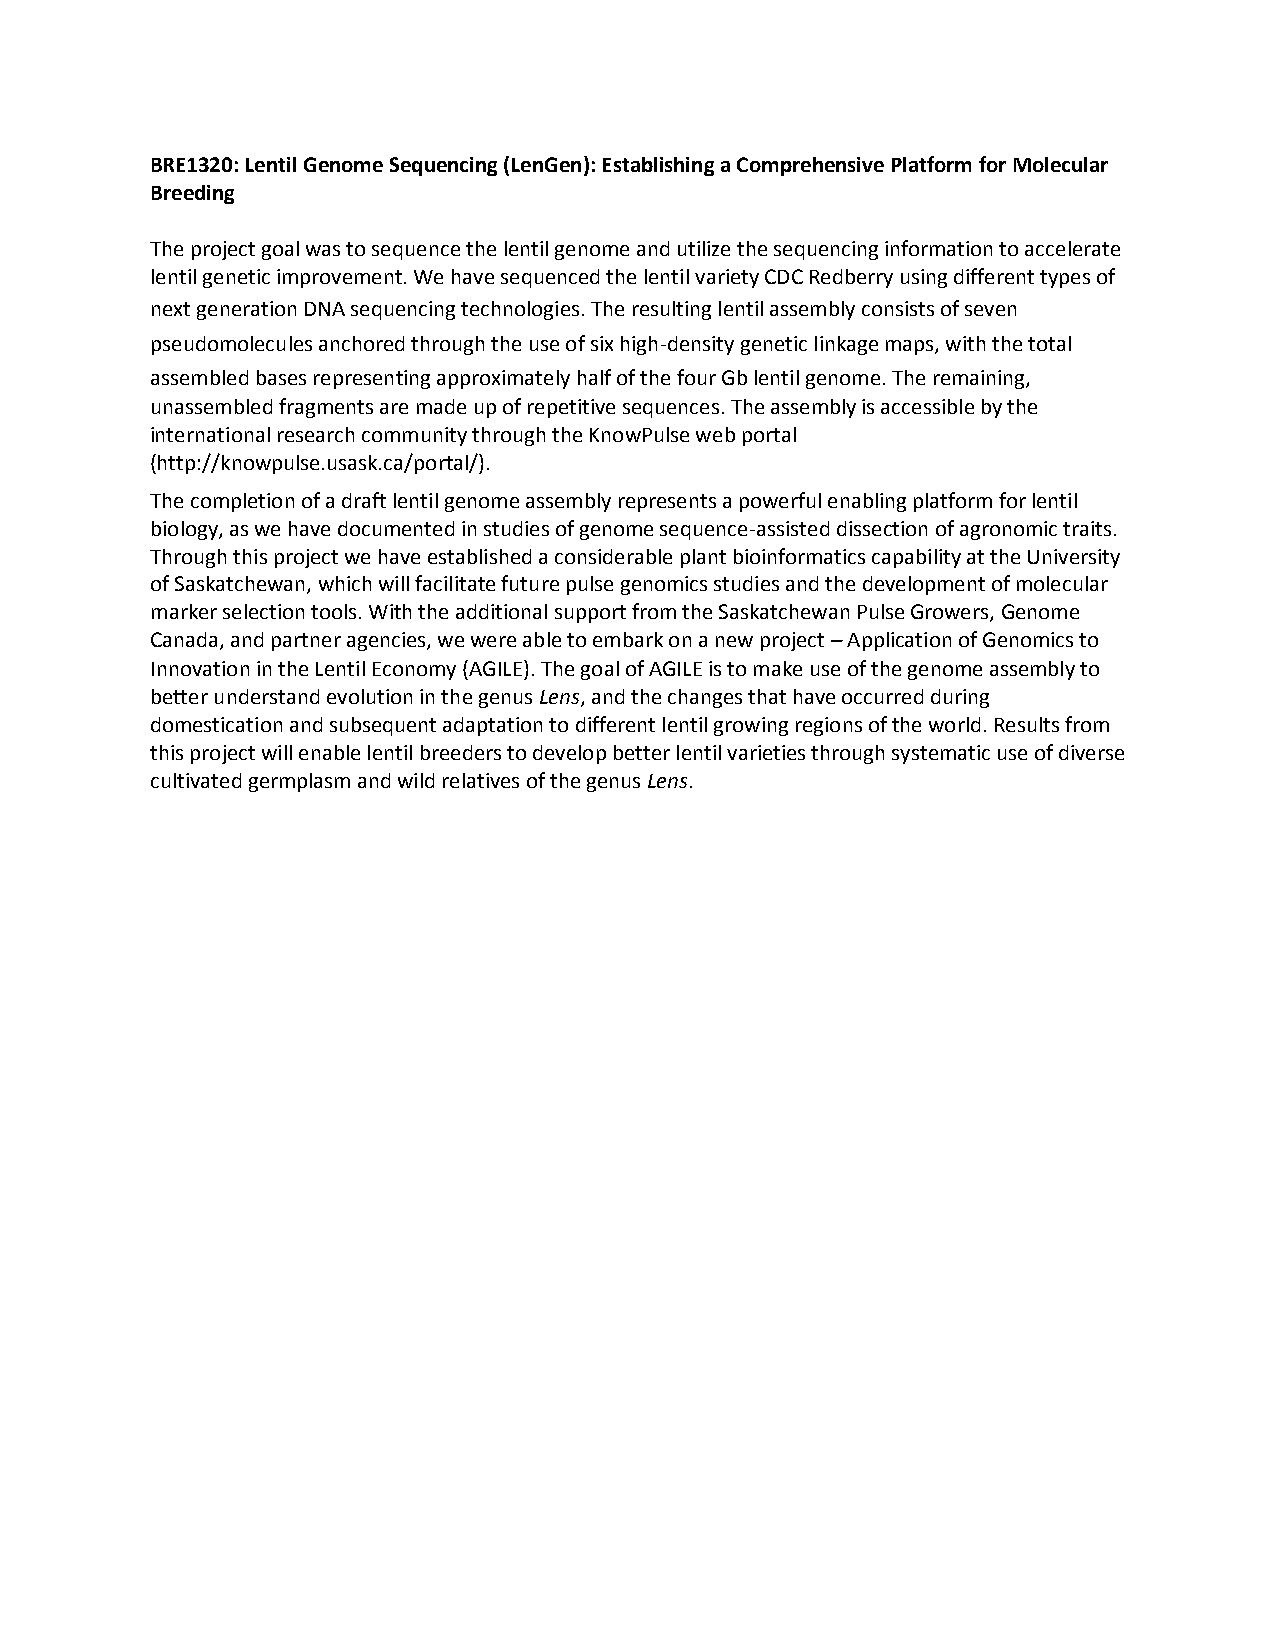
BRE1320: Lentil Genome Sequencing (LenGen): Establishing a Comprehensive Platform for Molecular
 Breeding
 The project goal was to sequence the lentil genome and utilize the sequencing information to accelerate
 lentil genetic improvement. We have sequenced the lentil variety CDC Redberry using different types of
 next generation DNA sequencing technologies. The resulting lentil assembly consists of seven
 pseudomolecules anchored through the use of six high-density genetic linkage maps, with the total
 assembled bases representing approximately half of the four Gb lentil genome. The remaining,
 unassembled fragments are made up of repetitive sequences. The assembly is accessible by the
 international research community through the KnowPulse web portal
 (http://knowpulse.usask.ca/portal/).
 The completion of a draft lentil genome assembly represents a powerful enabling platform for lentil
 biology, as we have documented in studies of genome sequence-assisted dissection of agronomic traits.
 Through this project we have established a considerable plant bioinformatics capability at the University
 of Saskatchewan, which will facilitate future pulse genomics studies and the development of molecular
 marker selection tools. With the additional support from the Saskatchewan Pulse Growers, Genome
 Canada, and partner agencies, we were able to embark on a new project – Application of Genomics to
 Innovation in the Lentil Economy (AGILE). The goal of AGILE is to make use of the genome assembly to
 better understand evolution in the genus Lens, and the changes that have occurred during
 domestication and subsequent adaptation to different lentil growing regions of the world. Results from
 this project will enable lentil breeders to develop better lentil varieties through systematic use of diverse
 cultivated germplasm and wild relatives of the genus Lens.